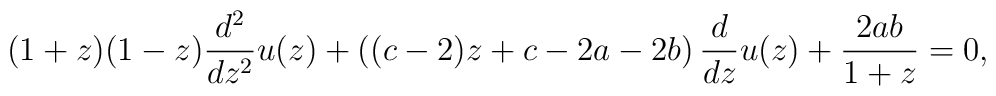
(1+z)(1-z) \frac{d^2}{dz^2} u(z) + \left( (c-2)z + c -2a -2b \right)\frac{d}{dz}u(z) + \frac{2ab}{1+z} = 0,